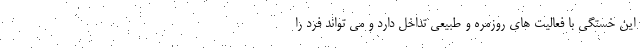
این خستگی با فعالیت های روزمره و طبیعی تداخل دارد و می تواند فرد را